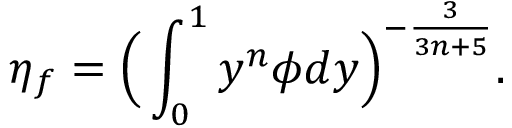
\eta _ { f } = \Big ( \int _ { 0 } ^ { 1 } y ^ { n } \phi d y \Big ) ^ { - \frac { 3 } { 3 n + 5 } } .